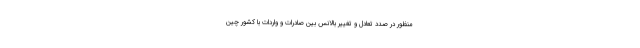
منظور در صدد تعادل و تغییر بالانس بین صادرات و واردات با کشور چین